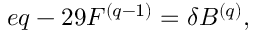
e q - 2 9 F ^ { ( q - 1 ) } = \delta B ^ { ( q ) } ,